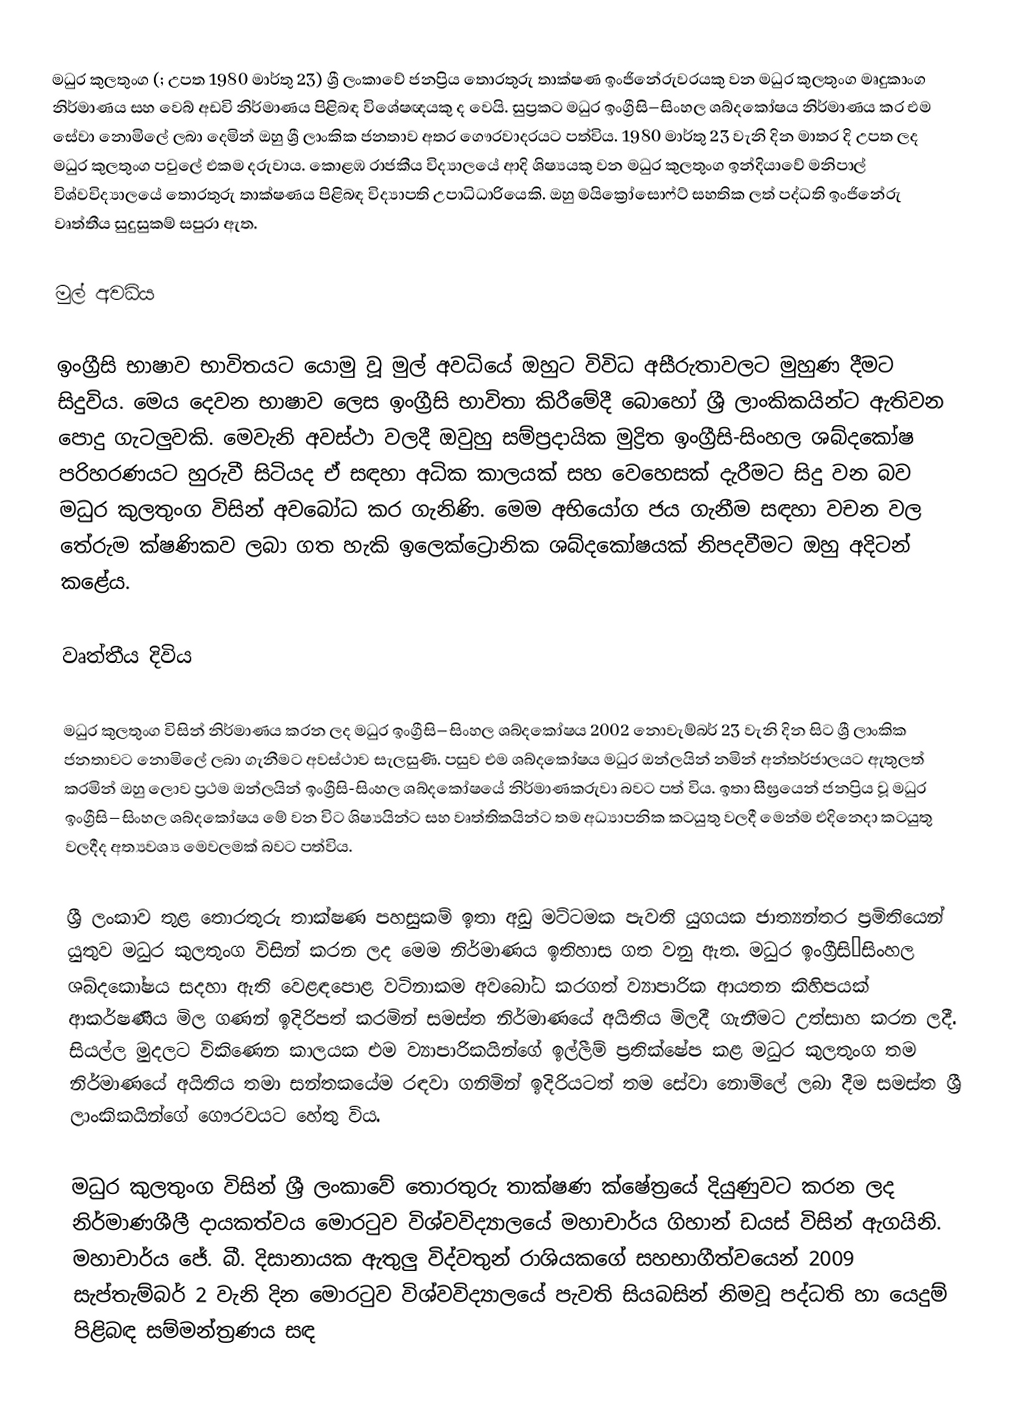
මධුර කුලතුංග (; උපත 1980 මාර්තු 23) ශ්‍රී ලංකාවේ ජනප්‍රිය තොරතුරු තාක්ෂණ ඉංජිනේරුවරයකු වන මධුර කුලතුංග මෘදුකාංග නිර්මාණය සහ වෙබ් අඩවි නිර්මාණය පිළිබඳ විශේෂඥයකු ද වෙයි. සුප්‍රකට මධුර ඉංග්‍රීසි–සිංහල ශබ්දකෝෂය නිර්මාණය කර එම සේවා නොමිලේ ලබා දෙමින් ඔහු ශ්‍රී ලාංකික ජනතාව අතර ගෞරවාදරයට පත්විය. 1980 මාර්තු 23 වැනි දින මාතර දි උපත ලද මධුර කුලතුංග පවුලේ එකම දරුවාය. කොළඹ රාජකීය විද්‍යාලයේ ආදි ශිෂ්‍යයකු වන මධුර කුලතුංග ඉන්දියාවේ මනිපාල් විශ්වවිද්‍යාලයේ තොරතුරු තාක්ෂණය පිළිබඳ විද්‍යාපති උපාධිධාරියෙකි. ඔහු මයික්‍රෝසොෆ්ට් සහතික ලත් පද්ධති ඉංජිනේරු වෘත්තීය සුදුසුකම් සපුරා ඇත.

මුල් අවධිය

ඉංග්‍රීසි භාෂාව භාවිතයට යොමු වූ මුල් අවධියේ ඔහුට විවිධ අසීරුතාවලට මුහුණ දීමට සිදුවිය. මෙය දෙවන භාෂාව ලෙස ඉංග්‍රීසි භාවිතා කිරීමේදී බොහෝ ශ්‍රී ලාංකිකයින්ට ඇතිවන පොදු ගැටලුවකි. මෙවැනි අවස්ථා වලදී ඔවුහු සම්ප්‍රදායික මුද්‍රිත ඉංග්‍රීසි-සිංහල ශබ්දකෝෂ පරිහරණයට හුරුවී සිටියද ඒ සඳහා අධික කාලයක් සහ වෙහෙසක් දැරීමට සිදු වන බව මධුර කුලතුංග විසින් අවබෝධ කර ගැනිණි. මෙම අභියෝග ජය ගැනීම සඳහා වචන වල තේරුම ක්ෂණිකව ලබා ගත හැකි ඉලෙක්ට්‍රොනික ශබ්දකෝෂයක් නිපදවීමට ඔහු අදිටන් කළේය.

වෘත්තීය දිවිය

මධුර කුලතුංග විසින් නිර්මාණය කරන ලද මධුර ඉංග්‍රීසි–සිංහල ශබ්දකෝෂය 2002 නොවැම්බර් 23 වැනි දින සිට ශ්‍රී ලාංකික ජනතාවට නොමිලේ ලබා ගැනීමට අවස්ථාව සැලසුණි. පසුව එම ශබ්දකෝෂය මධුර ඔන්ලයින් නමින් අන්තර්ජාලයට ඇතුලත් කරමින් ඔහු ලොව ප්‍රථම ඔන්ලයින් ඉංග්‍රීසි-සිංහල ශබ්දකෝෂයේ නිර්මාණකරුවා බවට පත් විය. ඉතා සීඝ්‍රයෙන් ජනප්‍රිය වූ මධුර ඉංග්‍රීසි–සිංහල ශබ්දකෝෂය මේ වන විට ශිෂ්‍යයින්ට සහ වෘත්තිකයින්ට තම අධ්‍යාපනික කටයුතු වලදී මෙන්ම එදිනෙදා කටයුතු වලදීද අත්‍යවශ්‍ය මෙවලමක් බවට පත්විය.

ශ්‍රී ලංකාව තුළ තොරතුරු තාක්ෂණ පහසුකම් ඉතා අඩු මට්ටමක පැවති යුගයක ජාත්‍යන්තර ප්‍රමිතියෙන් යුතුව මධුර කුලතුංග විසින් කරන ලද මෙම නිර්මාණය ඉතිහාස ගත වනු ඇත. මධුර ඉංග්‍රීසි–සිංහල ශබ්දකෝෂය සදහා ඇති වෙළඳපොළ වටිනාකම අවබෝධ කරගත් ව්‍යාපාරික ආයතන කිහිපයක් ආකර්ෂණීය මිල ගණන් ඉදිරිපත් කරමින් සමස්ත නිර්මාණයේ අයිතිය මිලදී ගැනීමට උත්සාහ කරන ලදී. සියල්ල මුදලට විකිණෙන කාලයක එම ව්‍යාපාරිකයින්ගේ ඉල්ලීම් ප්‍රතික්ෂේප කළ මධුර කුලතුංග තම නිර්මාණයේ අයිතිය තමා සන්තකයේම රඳවා ගනිමින් ඉදිරියටත් තම සේවා නොමිලේ ලබා දීම සමස්ත ශ්‍රී ලාංකිකයින්ගේ ගෞරවයට හේතු විය.

මධුර කුලතුංග විසින් ශ්‍රී ලංකාවේ තොරතුරු තාක්ෂණ ක්ෂේත්‍රයේ දියුණුවට කරන ලද නිර්මාණශීලී දායකත්වය මොරටුව විශ්වවිද්‍යාලයේ මහාචාර්ය ගිහාන් ඩයස් විසින් ඇගයිනි. මහාචාර්ය ජේ. බී. දිසානායක ඇතුලු විද්වතුන් රාශියකගේ සහභාගීත්වයෙන් 2009 සැප්තැම්බර් 2 වැනි දින මොරටුව විශ්වවිද්‍යාලයේ පැවති සියබසින් නිමවූ පද්ධති හා යෙදුම් පිළිබඳ සම්මන්ත්‍රණය සඳ